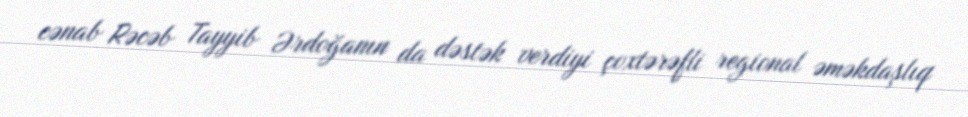
cənab Rəcəb Tayyib Ərdoğanın da dəstək verdiyi çoxtərəfli regional əməkdaşlıq